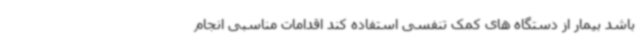
باشد بیمار از دستگاه های کمک تنفسی استفاده کند اقدامات مناسبی انجام